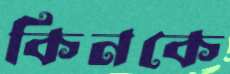
কিনকে